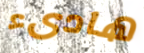
هادىء